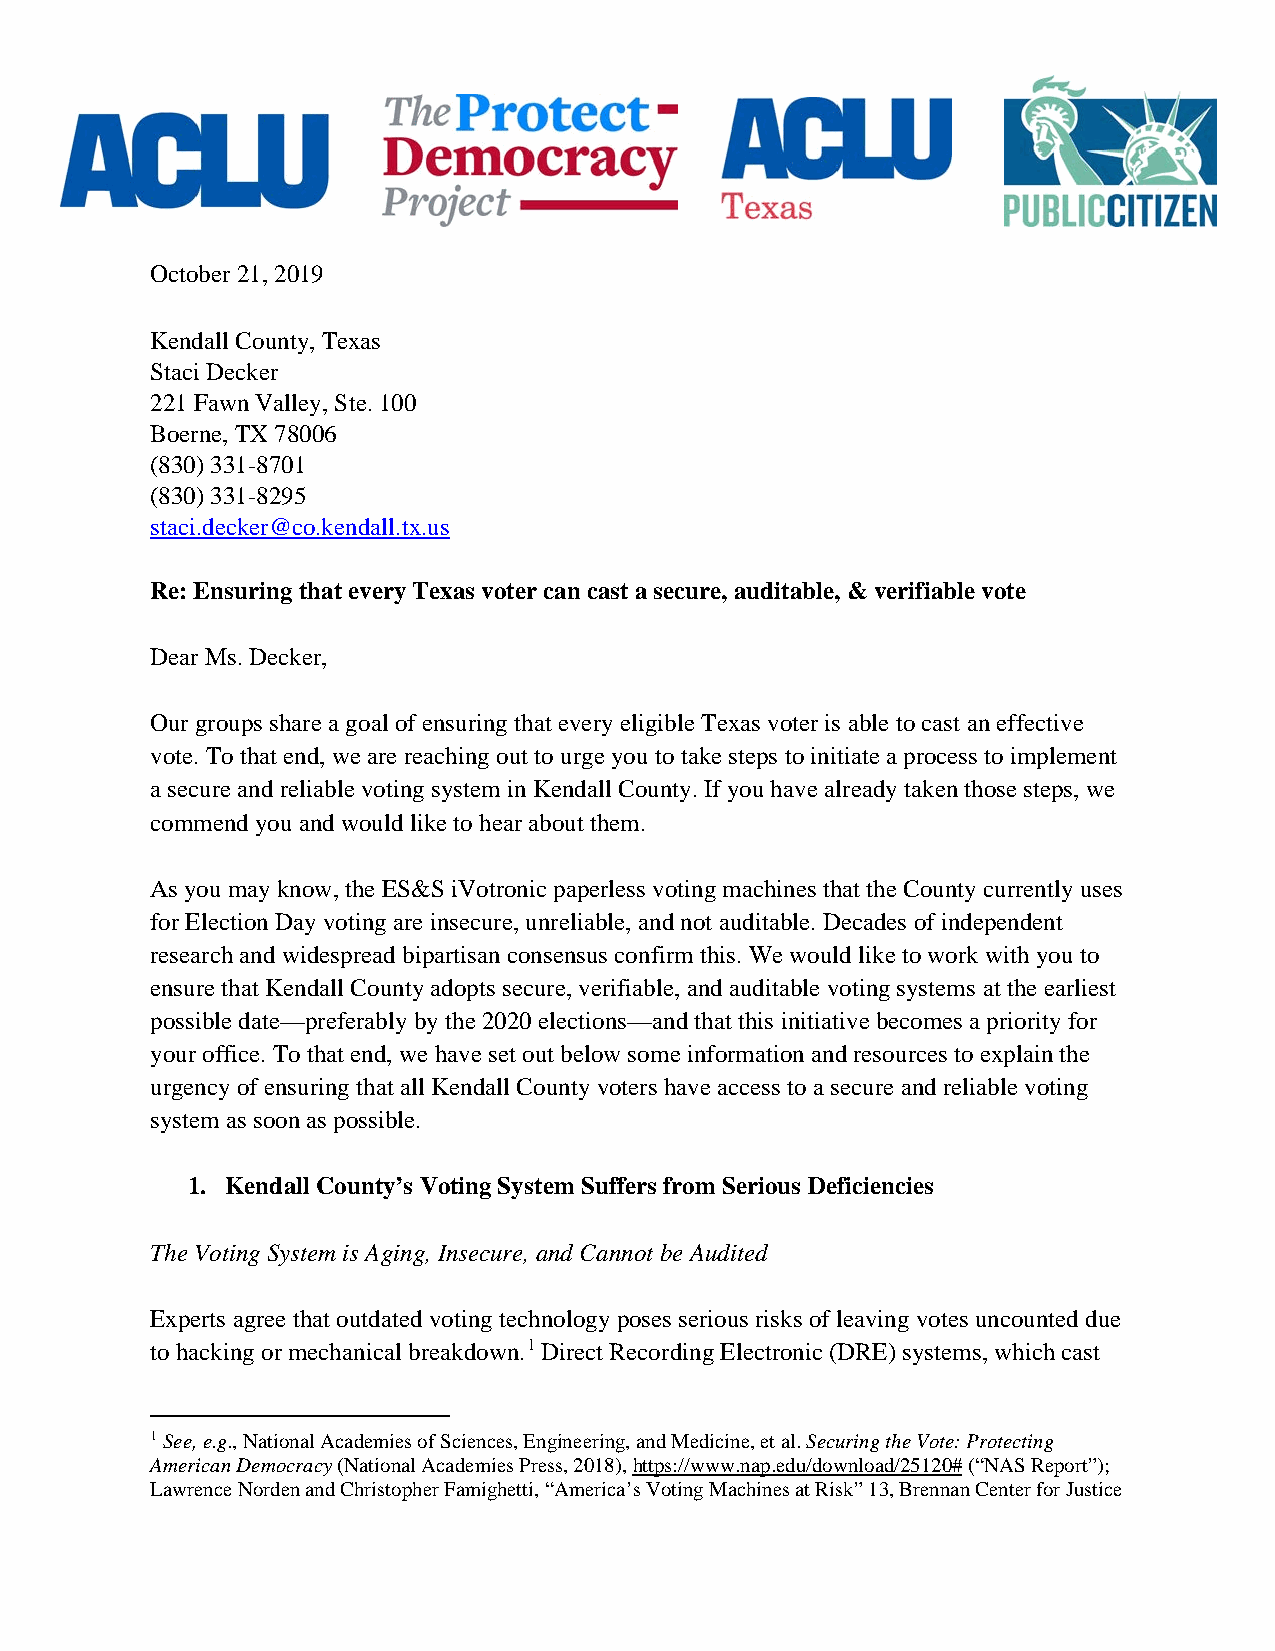
October 21, 2019
 Kendall County, Texas
 Staci Decker
 221 Fawn Valley, Ste. 100
 Boerne, TX 78006
 (830)331-8701
 (830)331-8295
 staci.decker@co.kendall.tx.us
 Re: Ensuring that every Texas voter can cast a secure, auditable, & verifiable vote
 Dear Ms. Decker,
 Our groups share a goal of ensuring that every eligible Texas voter is able to cast an effective
 vote. To that end, we are reaching out to urge you to take steps to initiate a process to implement
 a secure and reliable voting system in Kendall County. If you have already taken those steps, we
 commend you and would like to hear about them.
 As you may know, the ES&S iVotronic paperless voting machines that the County currently uses
 for Election Day voting are insecure, unreliable, and not auditable. Decades of independent
 research and widespread bipartisan consensus confirm this. We would like to work with you to
 ensure that Kendall County adopts secure, verifiable, and auditable voting systems at the earliest
 possible date—preferably by the 2020 elections—and that this initiative becomes a priority for
 your office. To that end, we have set out below some information and resources to explain the
 urgency of ensuring that all Kendall County voters have access to a secure and reliable voting
 system as soon as possible.
 1. Kendall County’s Voting System Suffers from Serious Deficiencies
 The Voting System is Aging, Insecure, and Cannot be Audited
 Experts agree that outdated voting technology poses serious risks of leaving votes uncounted due
 to hacking or mechanical breakdown.1 Direct Recording Electronic (DRE) systems, which cast
 1 See, e.g., National Academies of Sciences, Engineering, and Medicine, et al. Securing the Vote: Protecting
 American Democracy (National Academies Press, 2018), https://www.nap.edu/download/25120# (“NAS Report”);
 Lawrence Norden and Christopher Famighetti, “America’s Voting Machines at Risk” 13, Brennan Center for Justice